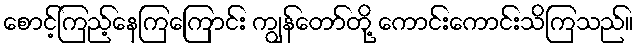
စောင့်ကြည့်နေကြကြောင်း ကျွန်တော်တို့ ကောင်းကောင်းသိကြသည်။